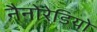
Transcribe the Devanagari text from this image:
नैनोरेडियो